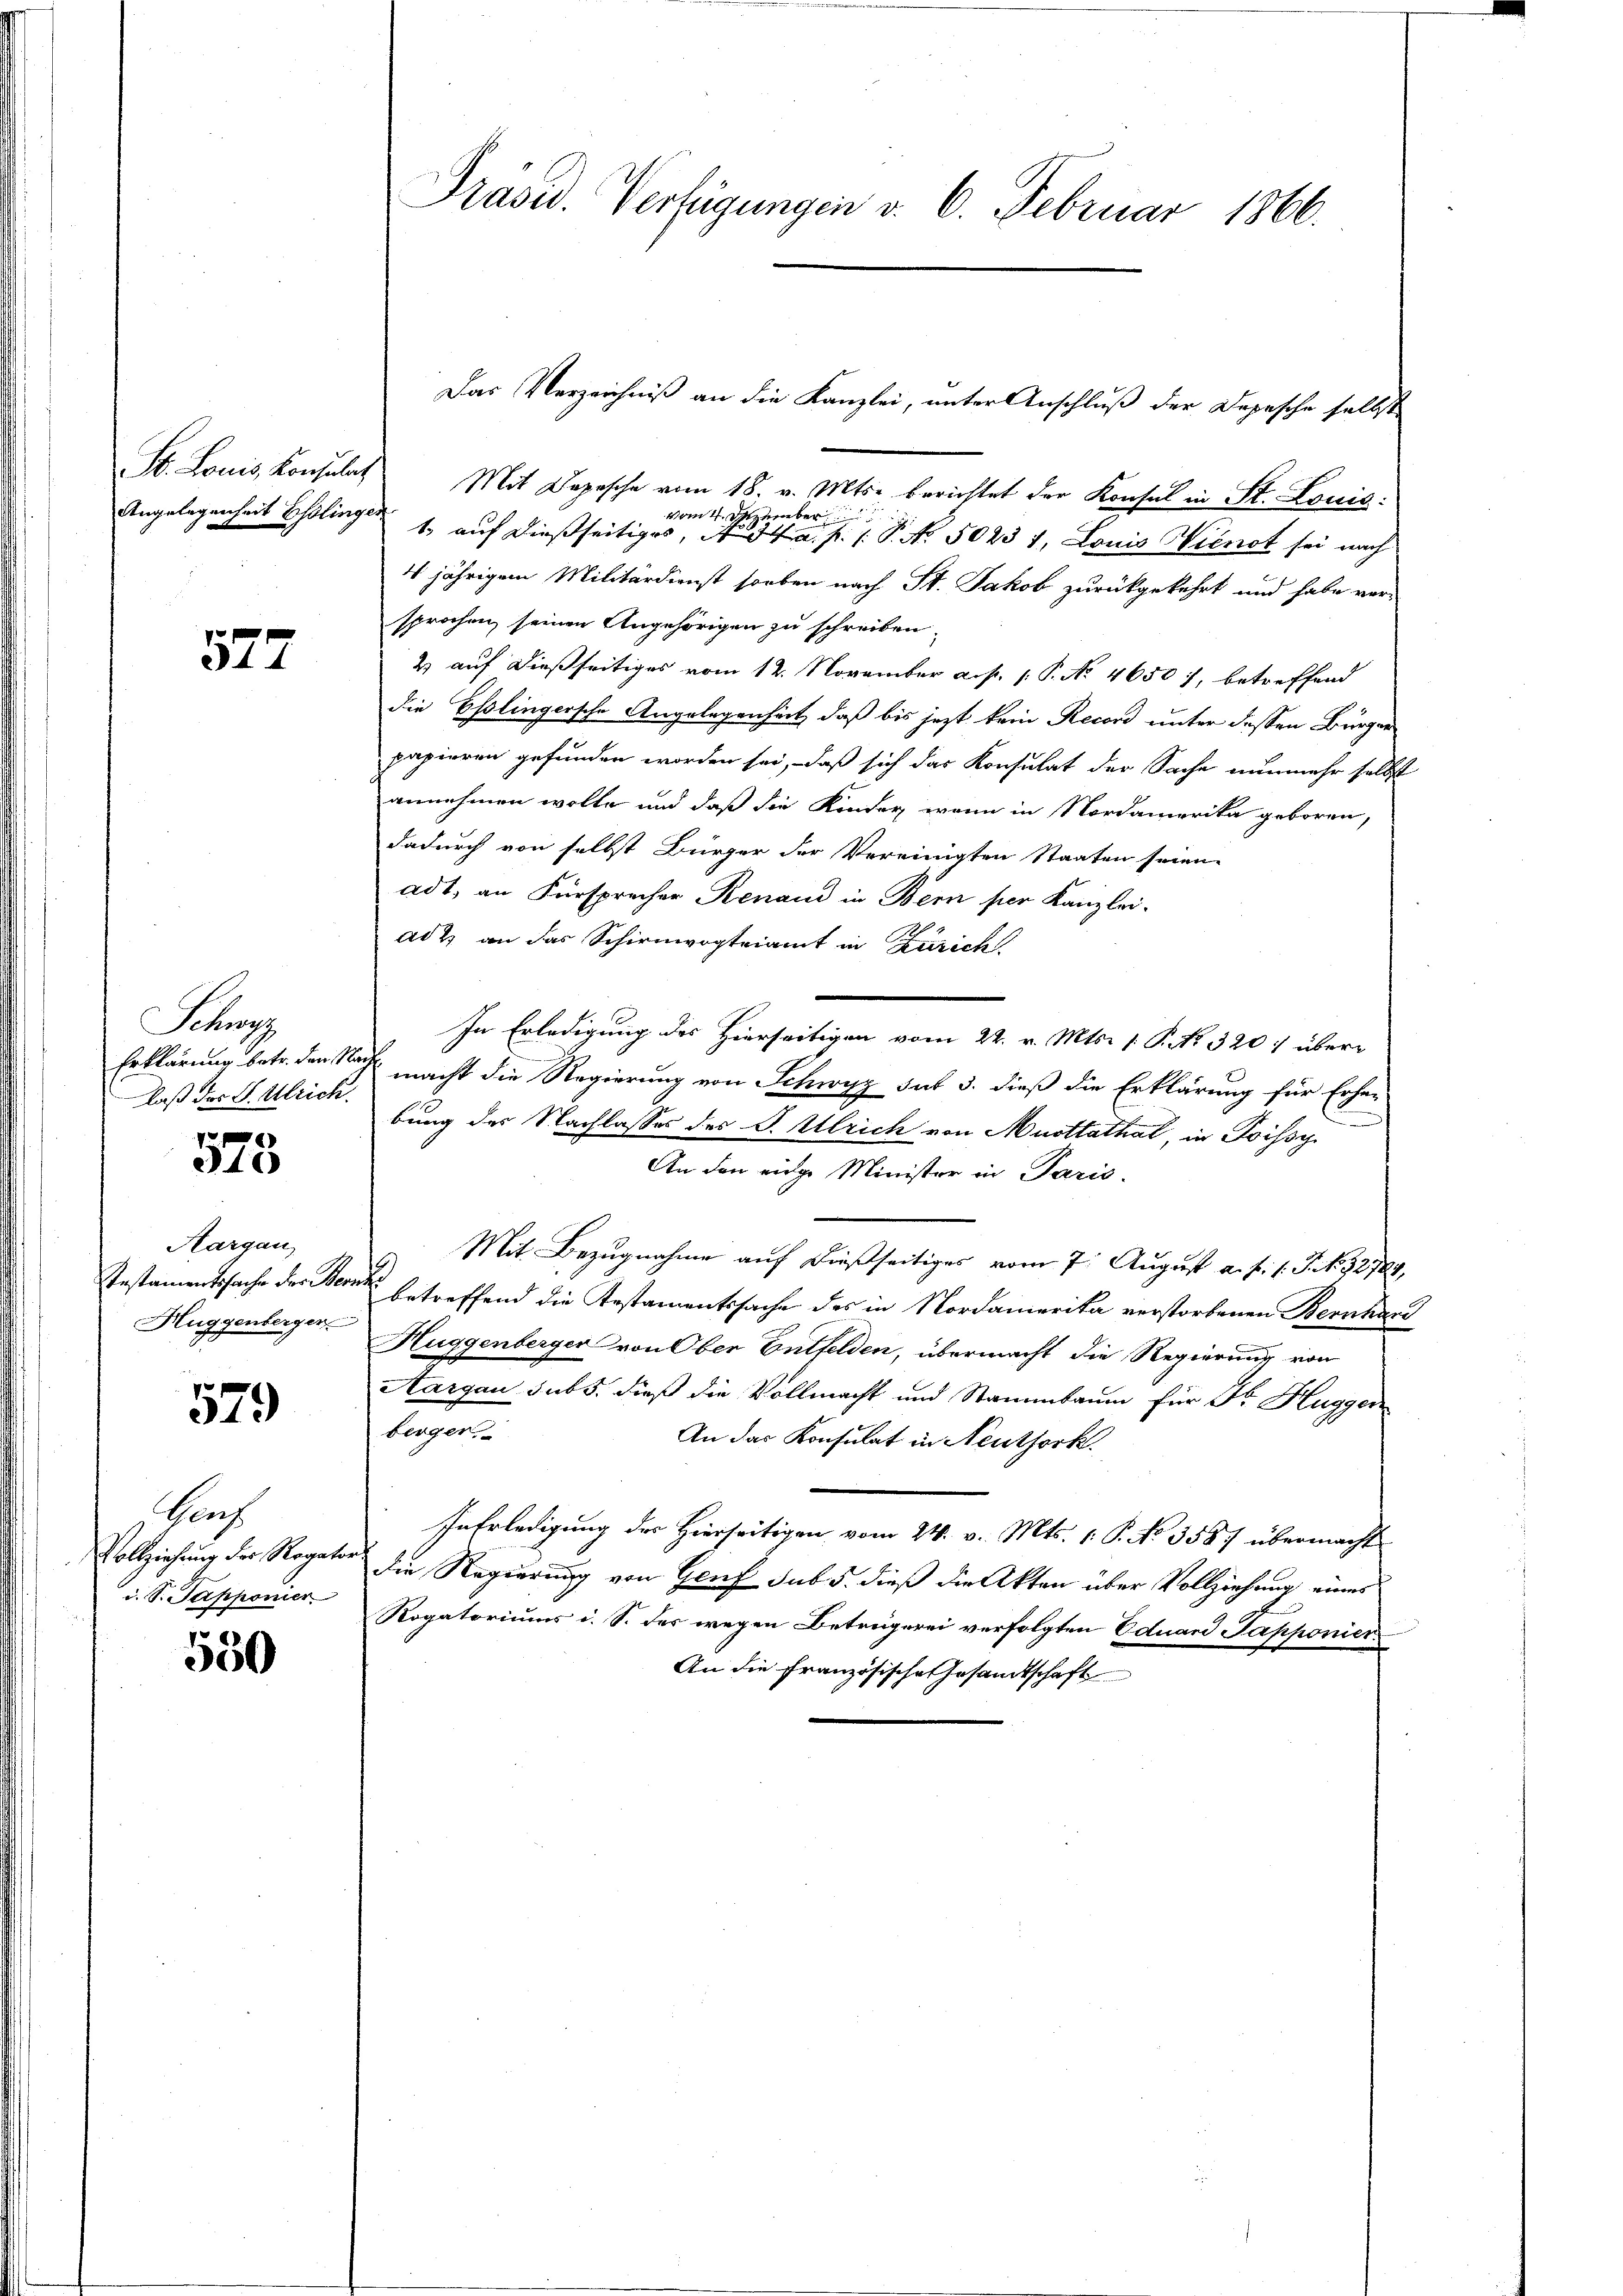
577

Schre
daß der S. Ulrich.

578.

Aargau,
Huggenberger

579

Prech
Vollziehung der Rogator
d. S. Tapponier

550

St. Louis Konsulat Mit Depesche vom 18. v. Mts. berichtet der Konsul in St. Louis:
vom 4. Dezember
Angelegenheit Esslingen 1. auf dießseitiges, A. a. p. 1. P. Nr. 50231, Louis Wienet sei nach
4jährigem Militärdienst soeben nach St. Jakob zurückgekehrt und habe vor-
sprochen seinen Angehörigen zu schreiben.
2 auf dießseitiges vom 12. November a.p. p. P. No 4650), betreffend
die Esslingersche Angelegenheit, daß bis jezt kein Record unter dessen Bürger
papieren gefunden worden sei, daß sich das Konsulat der Sache nunmehr selbst
annehmen wolle und daß die Kinder, wenn in Nordamerika geboren,
dadurch von selbst Bürger der Vereinigten Staaten seien.
adt, an Fürsprecher Renaud in Bern per Kanzlei-
ad 2. an das Schirmvogteiamt in Zürich
In Erledigung des Hierseitigen vom 22. v. Mts. 1. P. Nr. 320 über¬
Erklärung betr. den Nach macht die Regierung von Schwyz sut 3. dieß die Erklärung für Erhe-
n
bung des Nachlasses des J. Ulrich von Musttathal, in Poissy
An den eige Minister in Paris.
Mit Bezugnahme auf dießseitiges vom 7. August a. f. 1 S. 32724,
Gestamentsache der Bern betreffend die Testamentssache des in Nordamerika verstorbenen Bernhard
Huggenberger von Ober Entfelden, übermacht die Regierung von
Aargau subs, dieß die Vollmacht und Stammbaum für Dr. Huggen
berger
An das Konsulat in Neuthork.
Inerledigung des Hierseitigen vom 24. v. Mts. 1. P. No 3587 übermacht
die Regierung von Genf sub 5. dieß die Akten über Vollziehung eines
Rogatoriums i. S. des wegen Betreigerei verfolgten Eduard Tapponier¬
An die Französische Gesandtschaft

Prasid. Verfügungen v. 6. Februar 1866.

Das Verzeichniß an die Kanzlei, unter Anschluß der Depesche selbst